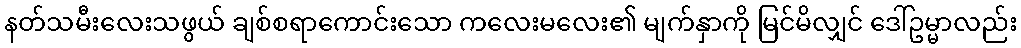
နတ်သမီးလေးသဖွယ် ချစ်စရာကောင်းသော ကလေးမလေး၏ မျက်နှာကို မြင်မိလျှင် ဒေါ်ဥမ္မာလည်း